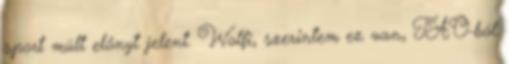
sport múlt előnyt jelent. Wolfi, szerintem ez van, TAO-ból